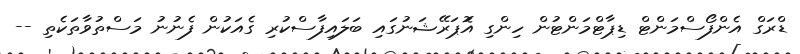
ޑްރަގް އެންފޯސްމަންޓް ޑިޕާޓްމަންޓުން ހިންގި އޮަޕަރޭޝަނުގައި ބަލައިފާސްކުރި ގެއަކުން ފެނުނު މަސްތުވާތަކެތި --